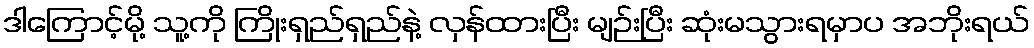
ဒါကြောင့်မို့ သူ့ကို ကြိုးရှည်ရှည်နဲ့ လှန်ထားပြီး မျဉ်းပြီး ဆုံးမသွားရမှာပ အဘိုးရယ်